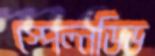
স্পেল্নডিড